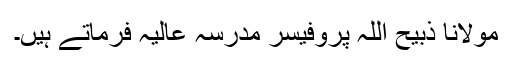
مولانا ذبیح اللہ پروفیسر مدرسہ عالیہ فرماتے ہیں۔